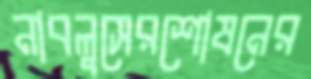
নাবলুসেরশোষনের